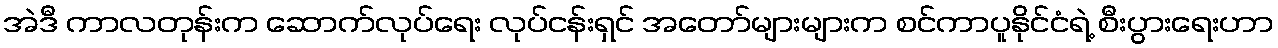
အဲဒီ ကာလတုန်းက ဆောက်လုပ်ရေး လုပ်ငန်းရှင် အတော်များများက စင်ကာပူနိုင်ငံရဲ့ စီးပွားရေးဟာ